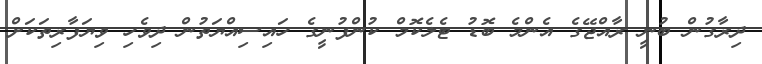
ދިރާގުން ބުނީ ރާއްޖޭގެ އެންމެ ބޮޑު ޓެލެކޮމް ކުންފުނީގެ ހައިސިއްޔަތުން ދިވެހި ވިޔަފާރިތަކަށް